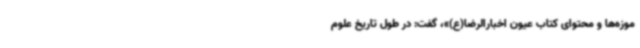
موزه‌ها و محتوای کتاب عیون اخبارالرضا(ع)»، گفت: در طول تاریخ علوم